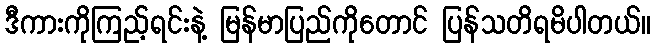
ဒီကားကိုကြည့်ရင်းနဲ့ မြန်မာပြည်ကိုတောင် ပြန်သတိရမိပါတယ်။